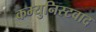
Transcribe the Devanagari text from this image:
कम्युनिस्टवाद